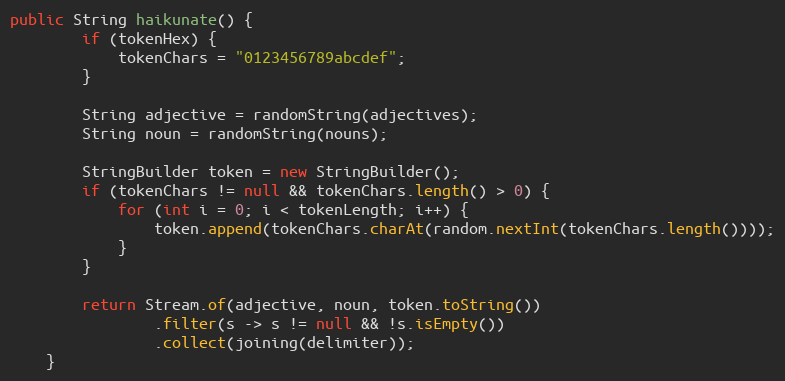
Language: Java
public String haikunate() {
        if (tokenHex) {
            tokenChars = "0123456789abcdef";
        }

        String adjective = randomString(adjectives);
        String noun = randomString(nouns);

        StringBuilder token = new StringBuilder();
        if (tokenChars != null && tokenChars.length() > 0) {
            for (int i = 0; i < tokenLength; i++) {
                token.append(tokenChars.charAt(random.nextInt(tokenChars.length())));
            }
        }

        return Stream.of(adjective, noun, token.toString())
                .filter(s -> s != null && !s.isEmpty())
                .collect(joining(delimiter));
    }